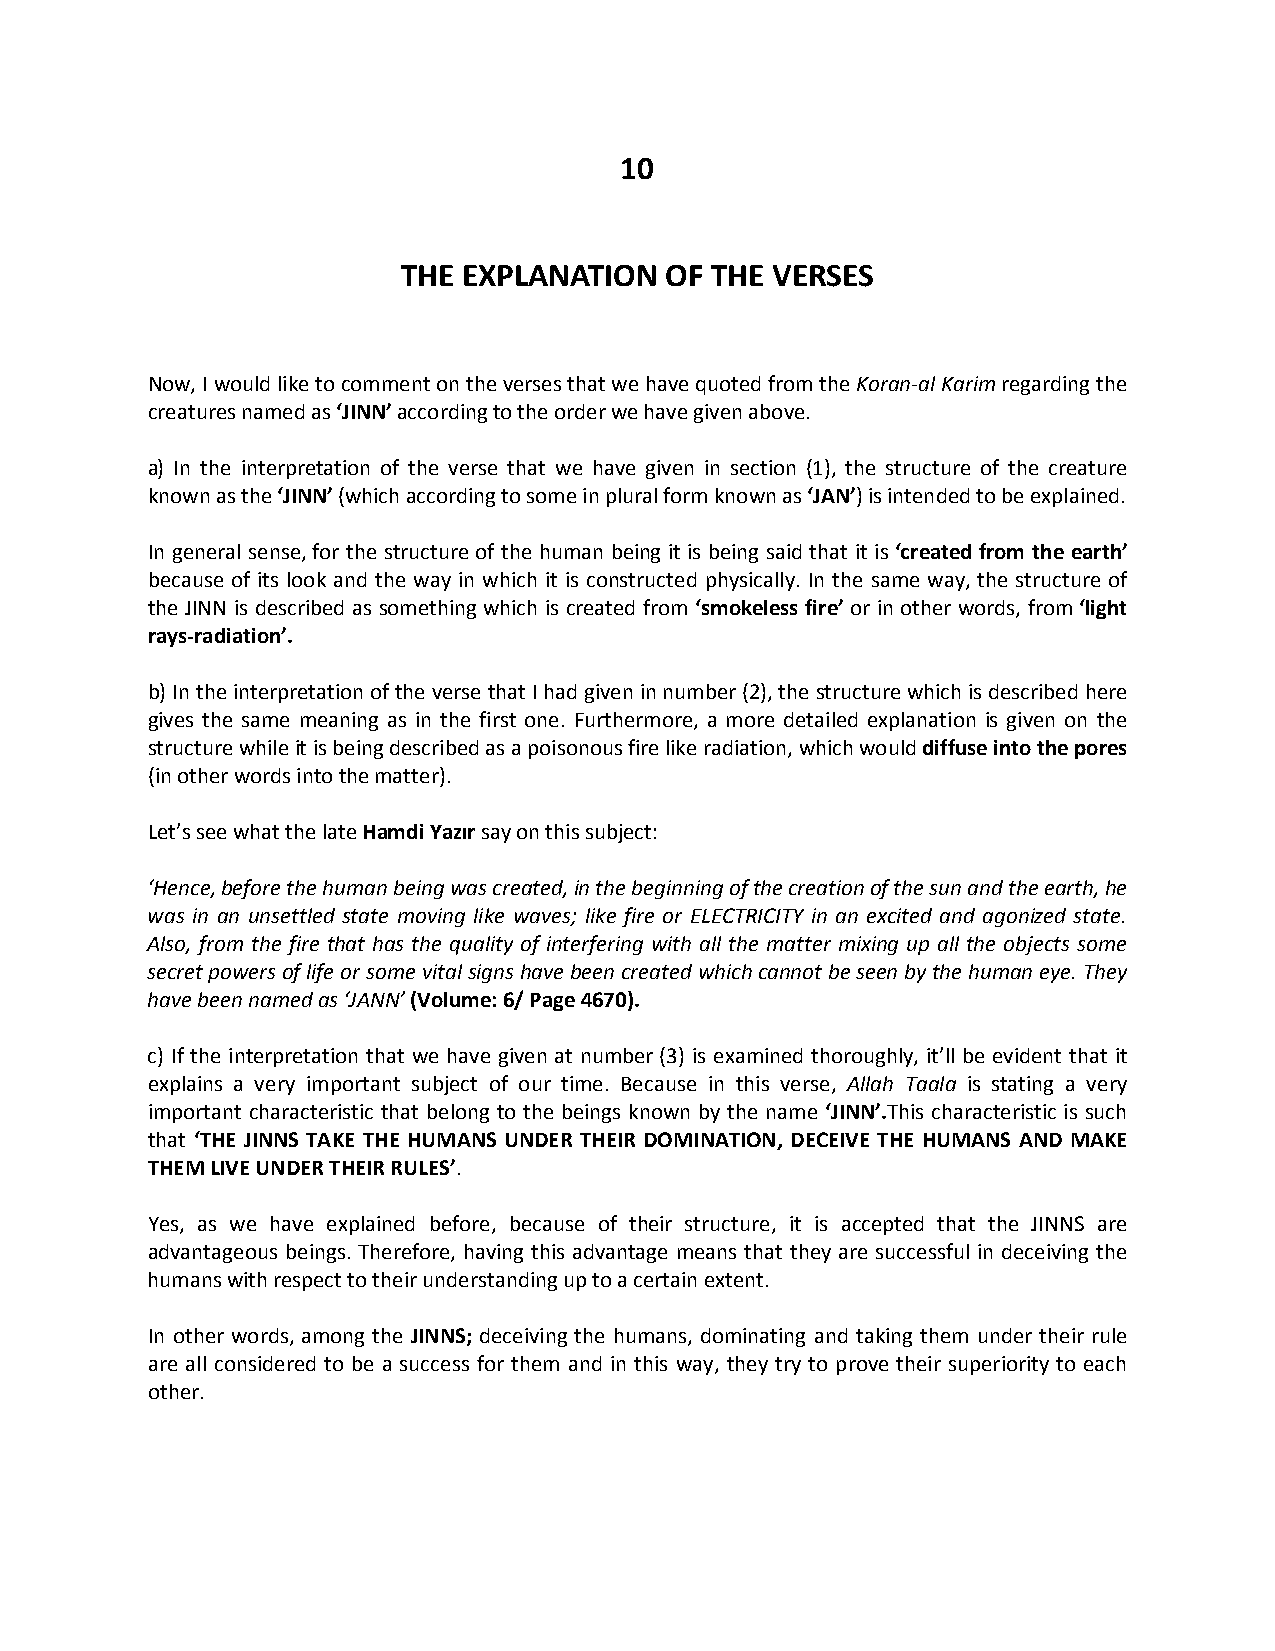
10
 THE EXPLANATION  OF THE VERSES
 Now, I would like to comment on the verses that we have quoted from the Koran-al Karim regarding the
 creatures named as ‘JINN’ according to the order we have given above.
 a) In the interpretation of the verse that we have given in section (1), the structure of the creature
 known as the ‘JINN’ (which according to some in plural form known as ‘JAN’) is intended to be explained.
 In general sense, for the structure of the human being it is being said that it is ‘created from the earth’
 because of its look and the way in which it is constructed physically. In the same way, the structure of
 the JINN is described as something which is created from ‘smokeless fire’ or in other words, from ‘light
 rays-radiation’.
 b) In the interpretation of the verse that I had given in number (2), the structure which is described here
 gives the same meaning as in the first one. Furthermore, a more detailed explanation is given on the
 structure while it is being described as a poisonous fire like radiation, which would diffuse into the pores
 (in other words into the matter).
 Let’s see what the late Hamdi Yazır say on this subject:
 ‘Hence, before the human being was created, in the beginning of the creation of the sun and the earth, he
 was in an unsettled state moving like waves; like fire or ELECTRICITY in an excited and agonized state.
 Also, from the fire that has the quality of interfering with all the matter mixing up all the objects some
 secret powers of life or some vital signs have been created which cannot be seen by the human eye. They
 have been named as ‘JANN’ (Volume: 6/ Page 4670).
 c) If the interpretation that we have given at number (3) is examined thoroughly, it’ll be evident that it
 explains a very important subject of our time. Because in this verse, Allah Taala is stating a very
 important characteristic that belong to the beings known by the name ‘JINN’.This characteristic is such
 that ‘THE JINNS TAKE THE HUMANS UNDER THEIR DOMINATION, DECEIVE THE HUMANS AND MAKE
 THEM LIVE UNDER THEIR RULES’.
 Yes, as we have explained before, because of their structure, it is accepted that the JINNS are
 advantageous beings. Therefore, having this advantage means that they are successful in deceiving the
 humans with respect to their understanding up to a certain extent.
 In other words, among the JINNS; deceiving the humans, dominating and taking them under their rule
 are all considered to be a success for them and in this way, they try to prove their superiority to each
 other.